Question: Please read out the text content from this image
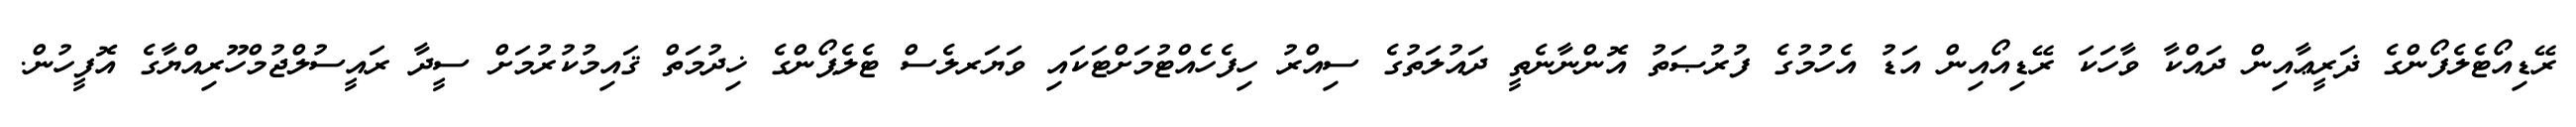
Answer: ރޭޑިއޯޓެލެފޯންގެ ޛަރީޢާއިން ދައްކާ ވާހަކަ ރޭޑިއޯއިން އަޑު އެހުމުގެ ފުރުޞަތު އޮންނާނެތީ ދައުލަތުގެ ސިއްރު ހިފެހެއްޓުމަށްޓަކައި ވަޔަރލެސް ޓެލެޕޯންގެ ޚިދުމަތް ޤައިމުކުރުމަށް ސީދާ ރައީސުލްޖުމްހޫރިއްޔާގެ އޮފީހުން.